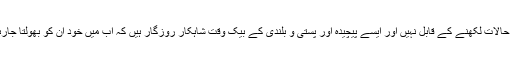
میرے حالات لکھنے کے قابل نہیں اور ایسے پیچیدہ اور پستی و بلندی کے بیک وقت شاہکار روزگار ہیں کہ اب میں خود ان کو بھولتا جارہا ہوں۔